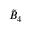
{ \tilde { B } } _ { 4 }